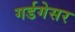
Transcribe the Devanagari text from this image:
गर्डगेसर